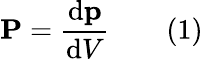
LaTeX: \mathbf{P}={\frac{\mathrm{d}\mathbf{p}}{\mathrm{d}V}}\qquad(1)